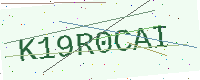
Text: K19R0CAI